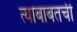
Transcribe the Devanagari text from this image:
त्याबाबतची